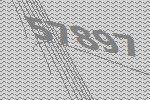
57897